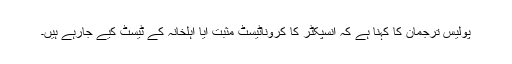
پولیس ترجمان کا کہنا ہے کہ انسپکٹر کا کروناٹیسٹ مثبت آیا اہلخانہ کے ٹیسٹ کیے جارہے ہیں۔